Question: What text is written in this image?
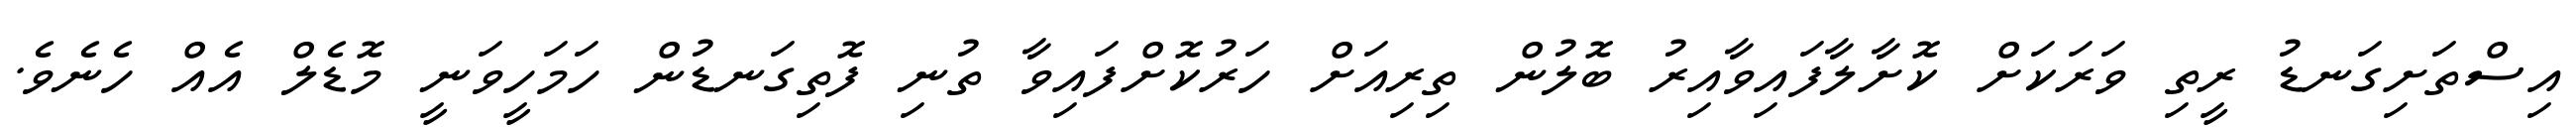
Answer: އިސްތަށިގަނޑު ރީތި ވަރަކަށް ކޮށާލާފައިވާއިރު ބޮލުން ތިރިއަށް ހަރުކޮށްފައިވާ ތުނި ފޮތިގަނޑުން ހަމަހީވަނީ މޮޑެލް އެއް ހެނެވެ.